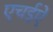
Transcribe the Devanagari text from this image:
एचईऐ